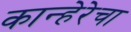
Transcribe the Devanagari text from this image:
कान्हेरेचा